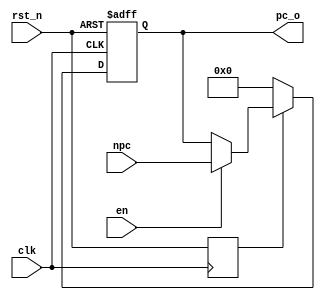

module PC(
    input  clk,
    input  rst_n,
    input  en,
    input  [31:0] npc,
    output reg[31:0] pc_o
    
    );
    
    reg rst_n_delay;
    always@(posedge clk)
    begin
        rst_n_delay<=rst_n;
    end
    
    always@(posedge clk or negedge rst_n)
    begin
          if(!rst_n) pc_o<=32'b0;
          else if(!rst_n_delay) pc_o<=32'b0;//trace 
          else if(en)  pc_o<=npc;
          else pc_o<=pc_o;
          
         
    end
endmodule